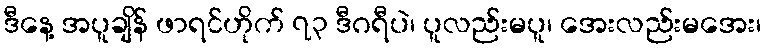
ဒီနေ့ အပူချိန် ဖာရင်ဟိုက် ၇၃ ဒီဂရီပဲ၊ ပူလည်းမပူ၊ အေးလည်းမအေး၊